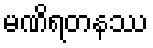
မဏိရတနဿ